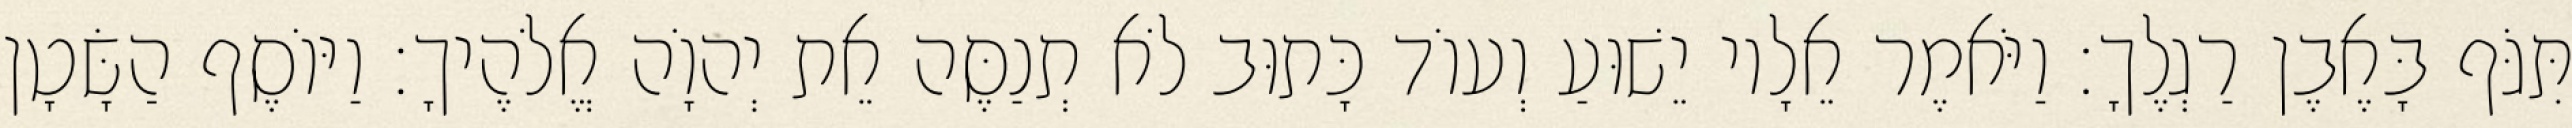
תִּגֹּף בָּאֶבֶן רַגְלֶךָ׃ וַיֹּאמֶר אֵלָיו יֵשׁוּעַ וְעוֹד כָּתוּב לֹא תְנַסֶּה אֵת יְהוָֹה אֱלֹהֶיךָ׃ וַיּוֹסֶף הַשָּׂטָן